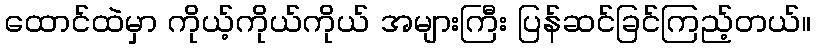
ထောင်ထဲမှာ ကိုယ့်ကိုယ်ကိုယ် အများကြီး ပြန်ဆင်ခြင်ကြည့်တယ်။